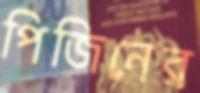
পিজিনের